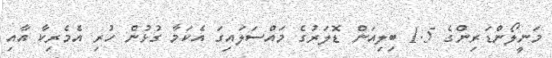
މަނީލޯންޑަރިންގެ 1.5 ބިލިއަން ޑޮލަރުގެ މައްސަލައިގަ އެކަމާ ގުޅުން ހުރި އެމެރިކާ އާއި